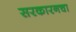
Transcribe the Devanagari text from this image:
सरकारनचा